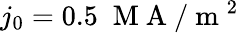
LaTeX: j_{0}=0.5\; \mathrm{~M~A~}/\mathrm{~m~}^{2}